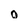
Character: o